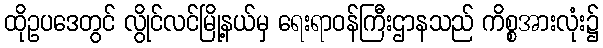
ထိုဥပဒေတွင် လွိုင်လင်မြို့နယ်မှ ရေးရာဝန်ကြီးဌာနသည် ကိစ္စအားလုံး၌